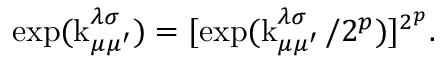
\exp ( \operatorname { k } _ { \mu \mu ^ { \prime } } ^ { \lambda \sigma } ) = [ \exp ( \operatorname { k } _ { \mu \mu ^ { \prime } } ^ { \lambda \sigma } / 2 ^ { p } ) ] ^ { 2 ^ { p } } .